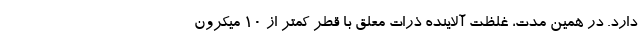
دارد. در همین مدت، غلظت آلاینده ذرات معلق با قطر کمتر از ۱۰ میکرون